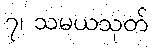
၇၊ သမယသုတ်